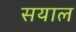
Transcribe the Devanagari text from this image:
सयाल